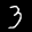
Label: 3